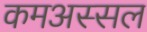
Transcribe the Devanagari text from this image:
कमअस्सल